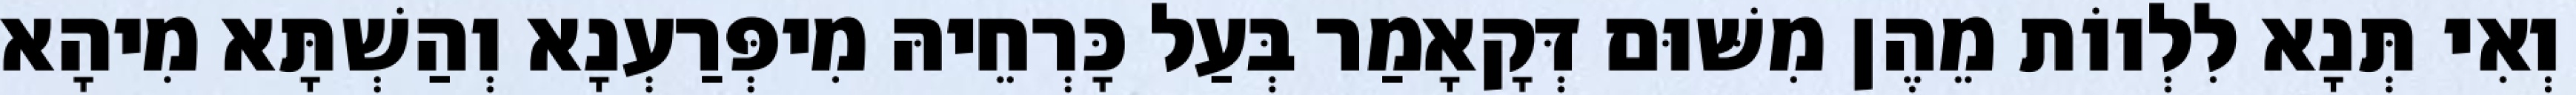
וְאִי תְּנָא לִלְווֹת מֵהֶן מִשּׁוּם דְּקָאָמַר בְּעַל כָּרְחֵיהּ מִיפְּרַעְנָא וְהַשְׁתָּא מִיהָא